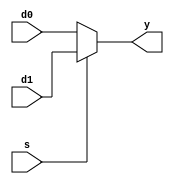
`timescale 1ns / 1ps
//////////////////////////////////////////////////////////////////////////////////
// Company: 
// Engineer: 
// 
// Design Name: 
// Module Name: mux2
// Project Name: 
// Target Devices: 
// Tool Versions: 
// Description: 
// 
// Dependencies: 
// 
// Revision:
// Revision 0.01 - File Created
// Additional Comments:
// 
//////////////////////////////////////////////////////////////////////////////////


module mux2#(parameter W = 8)(
    input [W-1:0] d0,
    input [W-1:0] d1,
    input s,
    output [W-1:0] y);
    
    assign y = s ? d1 : d0;
endmodule